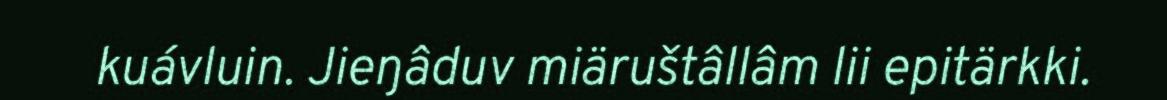
kuávluin. Jieŋâduv miäruštâllâm lii epitärkki.